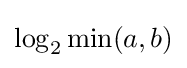
\log _{2}\min(a,b)